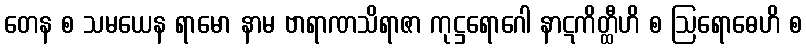
တေန စ သမယေန ရာမော နာမ ဗာရာဏသိရာဇာ ကုဋ္ဌရောဂေါ နာဋကိတ္ထီဟိ စ ဩရောဓေဟိ စ